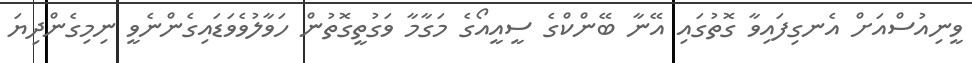
ވީނިއުސްއަށް އެނގިފައިވާ ގޮތުގައި އޭނާ ބޭންކްގެ ސީއީއޯގެ މަގާމާ ވަގުތީގޮތުން ހަވާލުވެވަޑައިގެންނެވީ ނިމިގެންދިޔަ